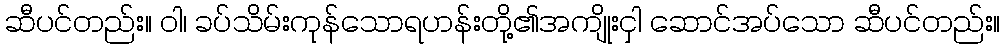
ဆီပင်တည်း။ ဝါ၊ ခပ်သိမ်းကုန်သောရဟန်းတို့၏အကျိုးငှါ ဆောင်အပ်သော ဆီပင်တည်း။